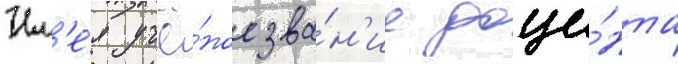
Им'е́я учё́ное зва́н'ие доце́нта